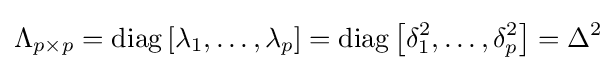
\Lambda _{p\times p}=\operatorname {diag} \left[\lambda _{1},\ldots ,\lambda _{p}\right]=\operatorname {diag} \left[\delta _{1}^{2},\ldots ,\delta _{p}^{2}\right]=\Delta ^{2}